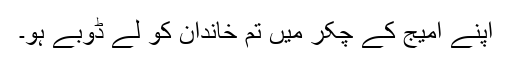
اپنے امیج کے چکر میں تم خاندان کو لے ڈوبے ہو۔